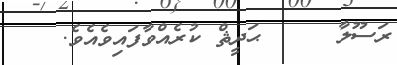
ރަސޫލާ     ޙަދީޘް ކުރެއްވާފައިވެއެވެ.